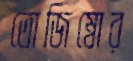
তোজিম্বোর